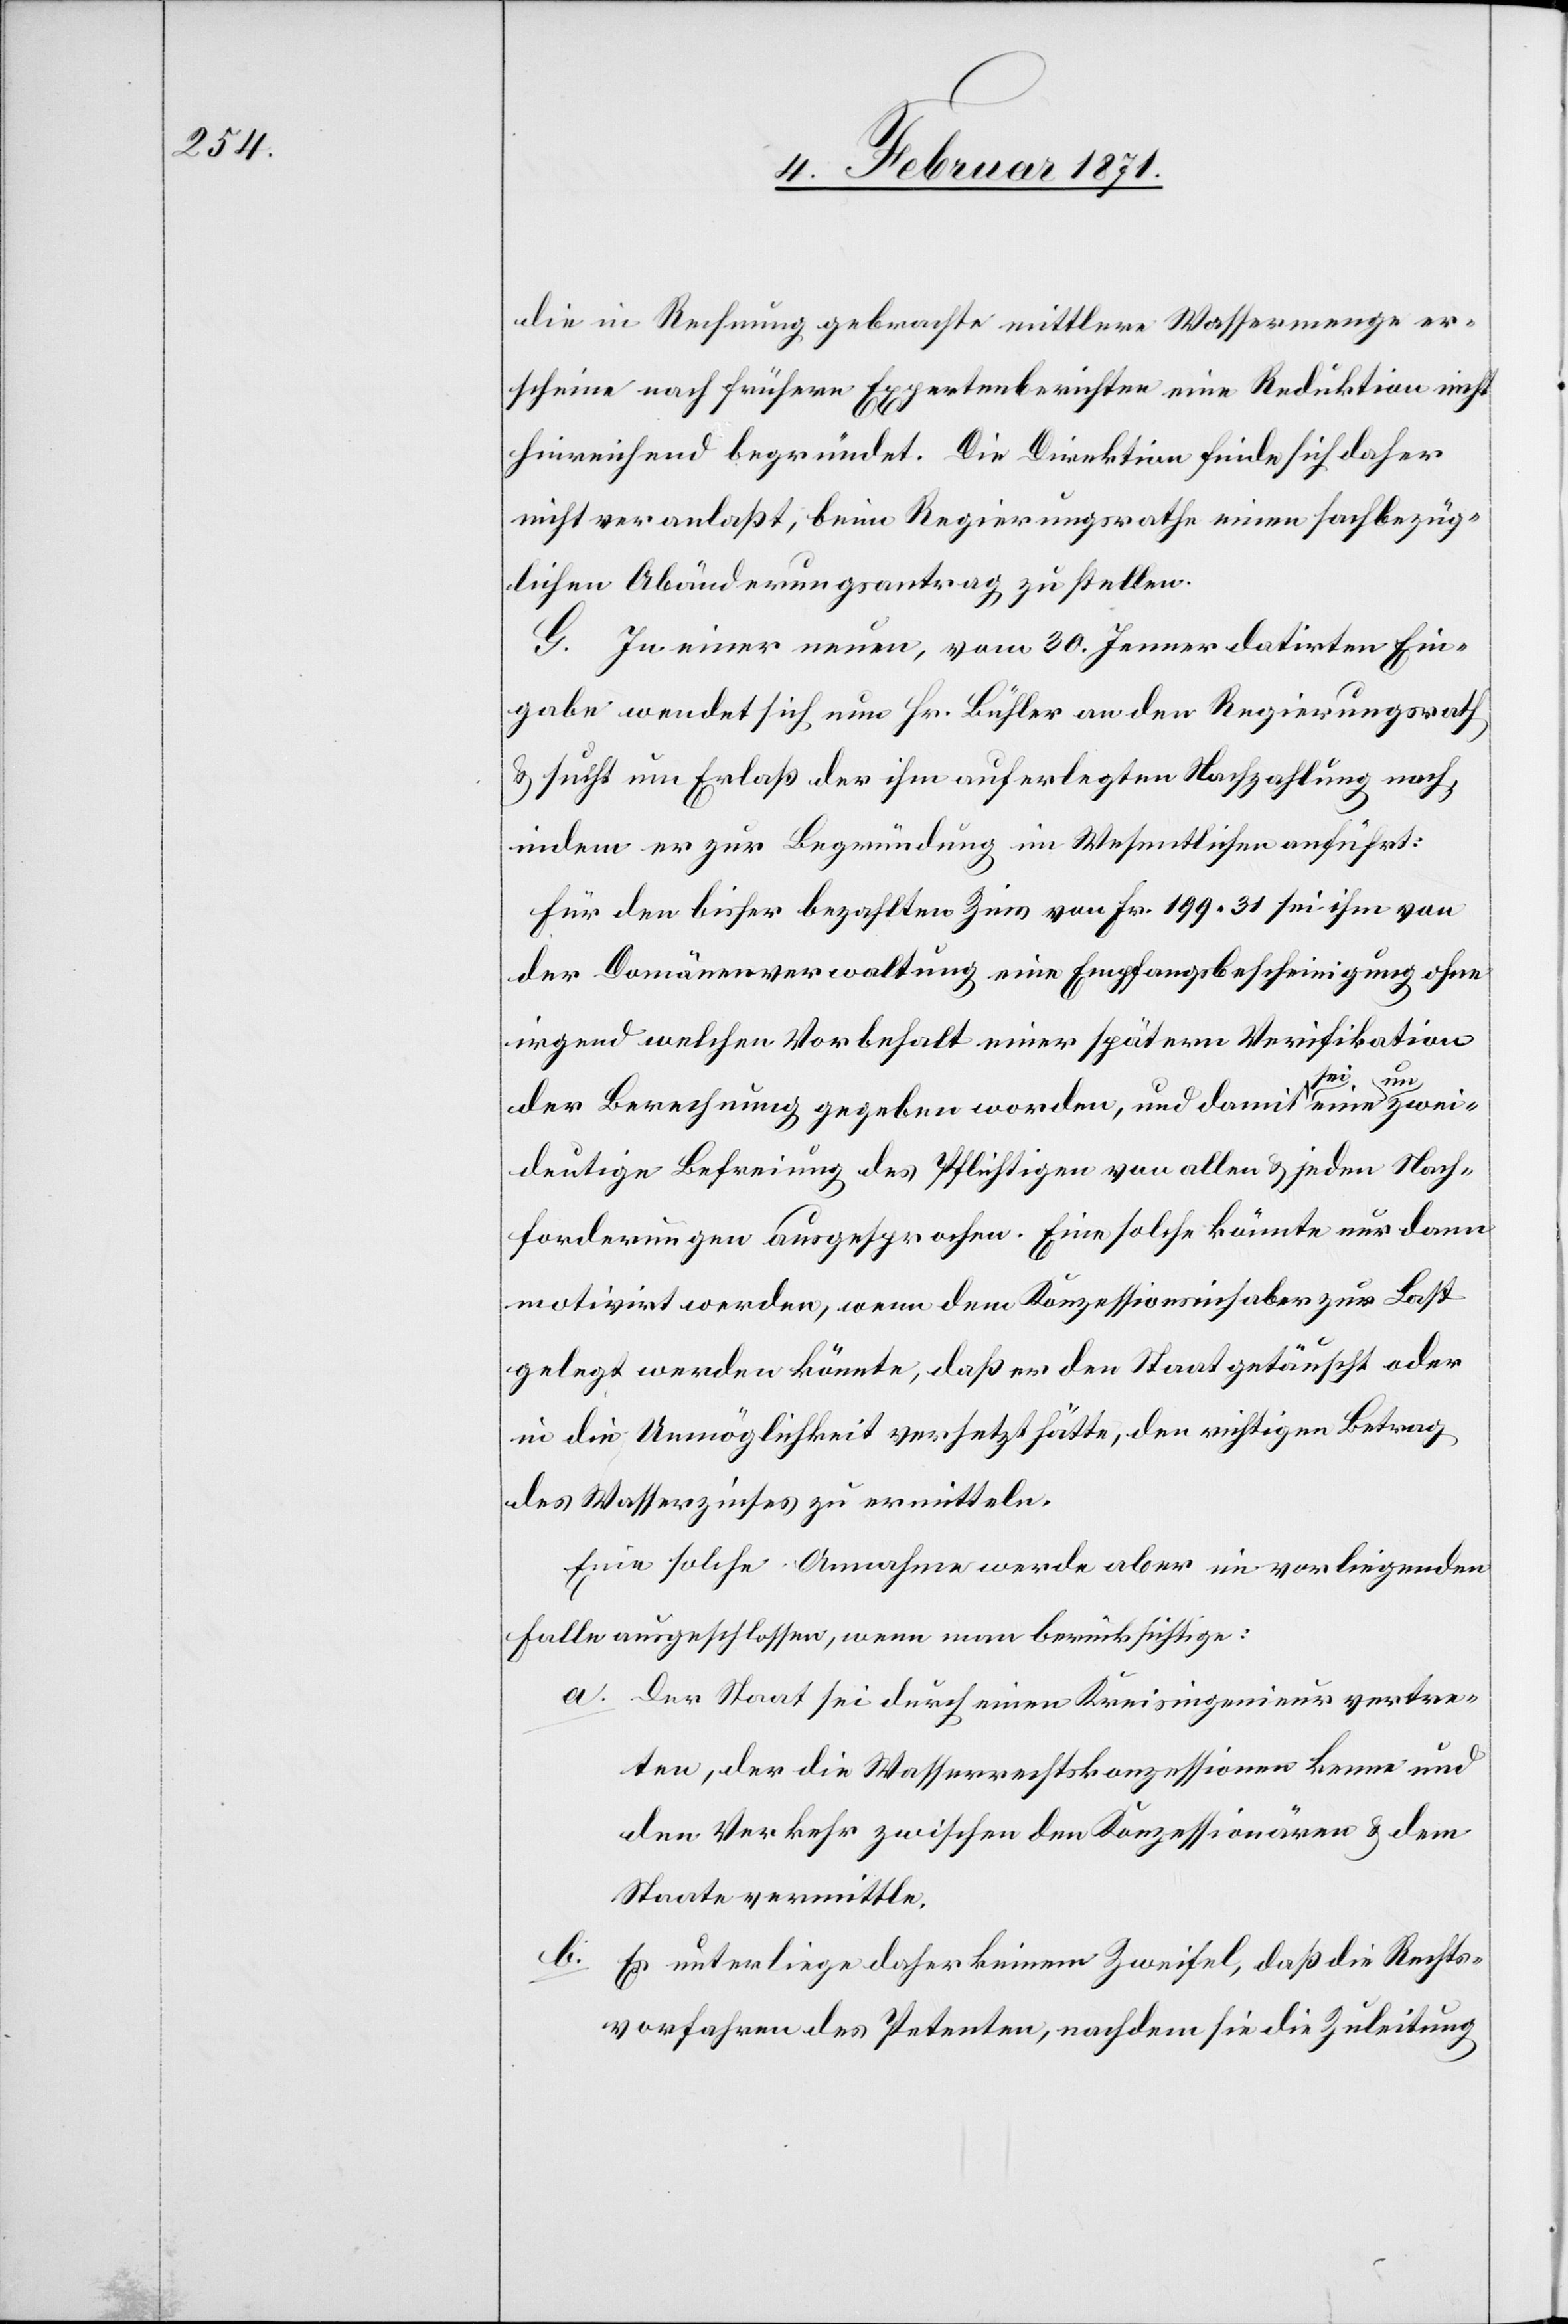
die in Rechnung gebrachte mittlere Wassermenge er¬
scheine nach frühern Expertenberichten eine Reduktion nicht
hinreichend begründet. Die Direktion finde sich daher
nicht veranlaßt, beim Regierungsrathe einen sachbezüg¬
lichen Abänderungsantrag zu stellen.
G. In einer neuen, vom 30. Jenner datirten Ein¬
gabe wendet sich nun Hr. Bühler an den Regierungsrath
u. sucht um Erlaß der ihm auferlegten Nachzahlung nach,
indem er zur Begründung im Wesentlichen anführt:
Für den bisher bezahlten Zins von Fr. 119.31 sei ihm von
der Domänenverwaltung eine Empfangsbescheinigung ohne
irgend welchen Vorbehalt einer spätern Verifikation
der Berechnung gegeben worden, und damit sei eine um zwei¬
deutige Befreiung des Pflichtigen von allen u. jeden Nach¬
forderungen ausgesprochen. Eine solche könnte nur dann
motivirt werden, wenn dem Konzessionsinhaber zur Last
gelegt werden könnte, daß er den Staat getäuscht oder
in die Unmöglichkeit versetzt hätte, den richtigen Betrag
des Wasserzinses zu ermitteln.
Eine solche Annahme werde aber im vorliegenden
Falle ausgeschlossen, wenn man berücksichtige:
a. Der Staat sei durch einen Kreisingenieur vertre¬
ten, der die Wasserrechtskonzessionen kenne und
den Verkehr zwischen den Konzessionären u. dem
Staate vermittle.
b.
Es unterliege daher keinen Zweifel, daß die Rechts¬
vorfahren des Petenten, nachdem sie die Zuleitung